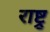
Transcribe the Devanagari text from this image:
राष्ट्र्